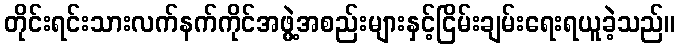
တိုင်းရင်းသားလက်နက်ကိုင်အဖွဲ့အစည်းများနှင့်ငြိမ်းချမ်းရေးရယူခဲ့သည်။